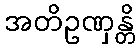
အတိဥဏှန္တိ